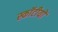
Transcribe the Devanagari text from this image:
स्कॉटीयों